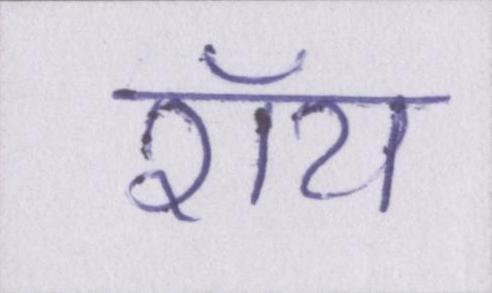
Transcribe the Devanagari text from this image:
रॉय